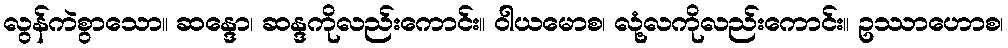
လွန်ကဲစွာသော။ ဆန္ဒော၊ ဆန္ဒကိုလည်းကောင်း။ ဝါယမောစ၊ လုံ့လကိုလည်းကောင်း။ ဥဿာဟောစ၊